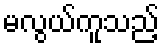
မလွယ်ကူသည့်